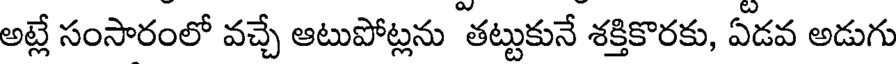
అట్లే సంసారంలో వచ్చే ఆటుపోట్లను తట్టుకునే శక్తికొరకు, ఏడవ అడుగు